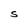
Character: S